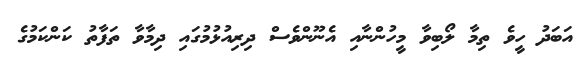
އަބަދު ހީވެ ތިމާ ލޯބިވާ މީހުންނާއި އެނޫންވެސް ދިރިއުޅުމުގައި ދިމާވާ ތަފާތު ކަންކަމުގެ